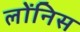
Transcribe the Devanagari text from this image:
लोंनिस